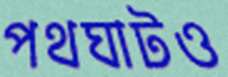
পথঘাটও